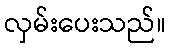
လှမ်းပေးသည်။